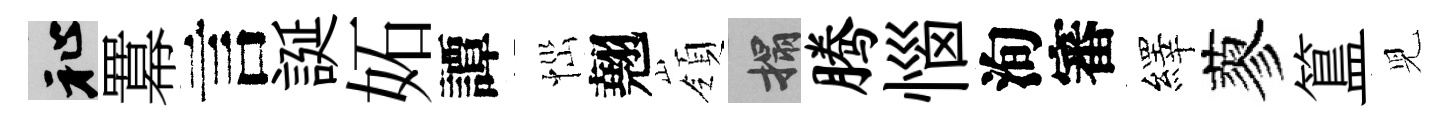
祉羃言誕妬譚𢙉翹嶺搨腾惱洵審繹蓼簋児